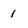
Character: 1